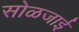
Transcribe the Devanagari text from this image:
सोळजाई